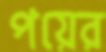
পয়ের